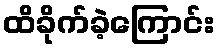
ထိခိုက်ခဲ့ကြောင်း